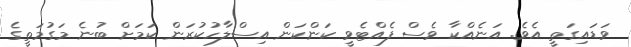
ވަޑައިގަތީ އެވެ. އަނެއްކާ ވެސް ފެއްޓެވީ ކަންކަން އިސްލާހުކުރަން ކަމަށް ބުނެ މަގުމަތީގެ